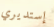
إستديري